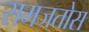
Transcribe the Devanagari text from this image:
समजतोस